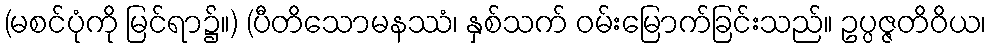
(မစင်ပုံကို မြင်ရာ၌။) (ပီတိသောမနဿံ၊ နှစ်သက် ဝမ်းမြောက်ခြင်းသည်။ ဥပ္ပဇ္ဇတိဝိယ၊